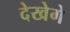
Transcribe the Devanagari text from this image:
देखेगे